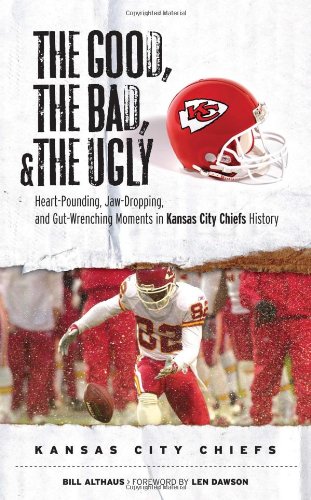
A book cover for The Good, the Bad, & the Ugly: Kansas City Chiefs: Heart-Pounding, Jaw-Dropping, and Gut-Wrenching Moments from Kansas City Chiefs History; Bill Althaus; Travel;